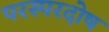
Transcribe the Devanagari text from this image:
परस्परदोष